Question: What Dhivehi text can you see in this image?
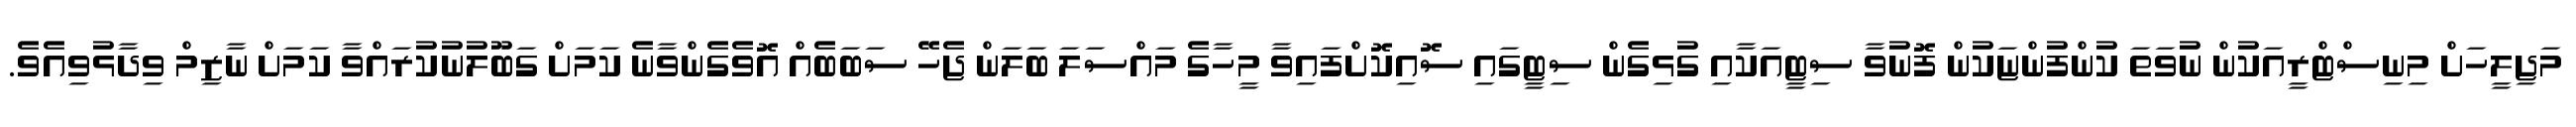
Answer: މަޖިލީހަށް މިނިސްޓްރީއަކުން ނުވަތަ ކުންފުންޏަކުން ފޮނުވާ ސިޓީއަކާއި ގުޅިގެން ސިޓީގައި ސޮއިކޮށްފައިވާ މީހާގެ މައްސަލަ ބަލަން ޖެހޭ ސަބަބެއް އޮވެގެންވާނެ ކަމަށް ގަބޫލުނުކުރައްވާ ކަމަށް ނާޒިމް ވިދާޅުވިއެވެ.